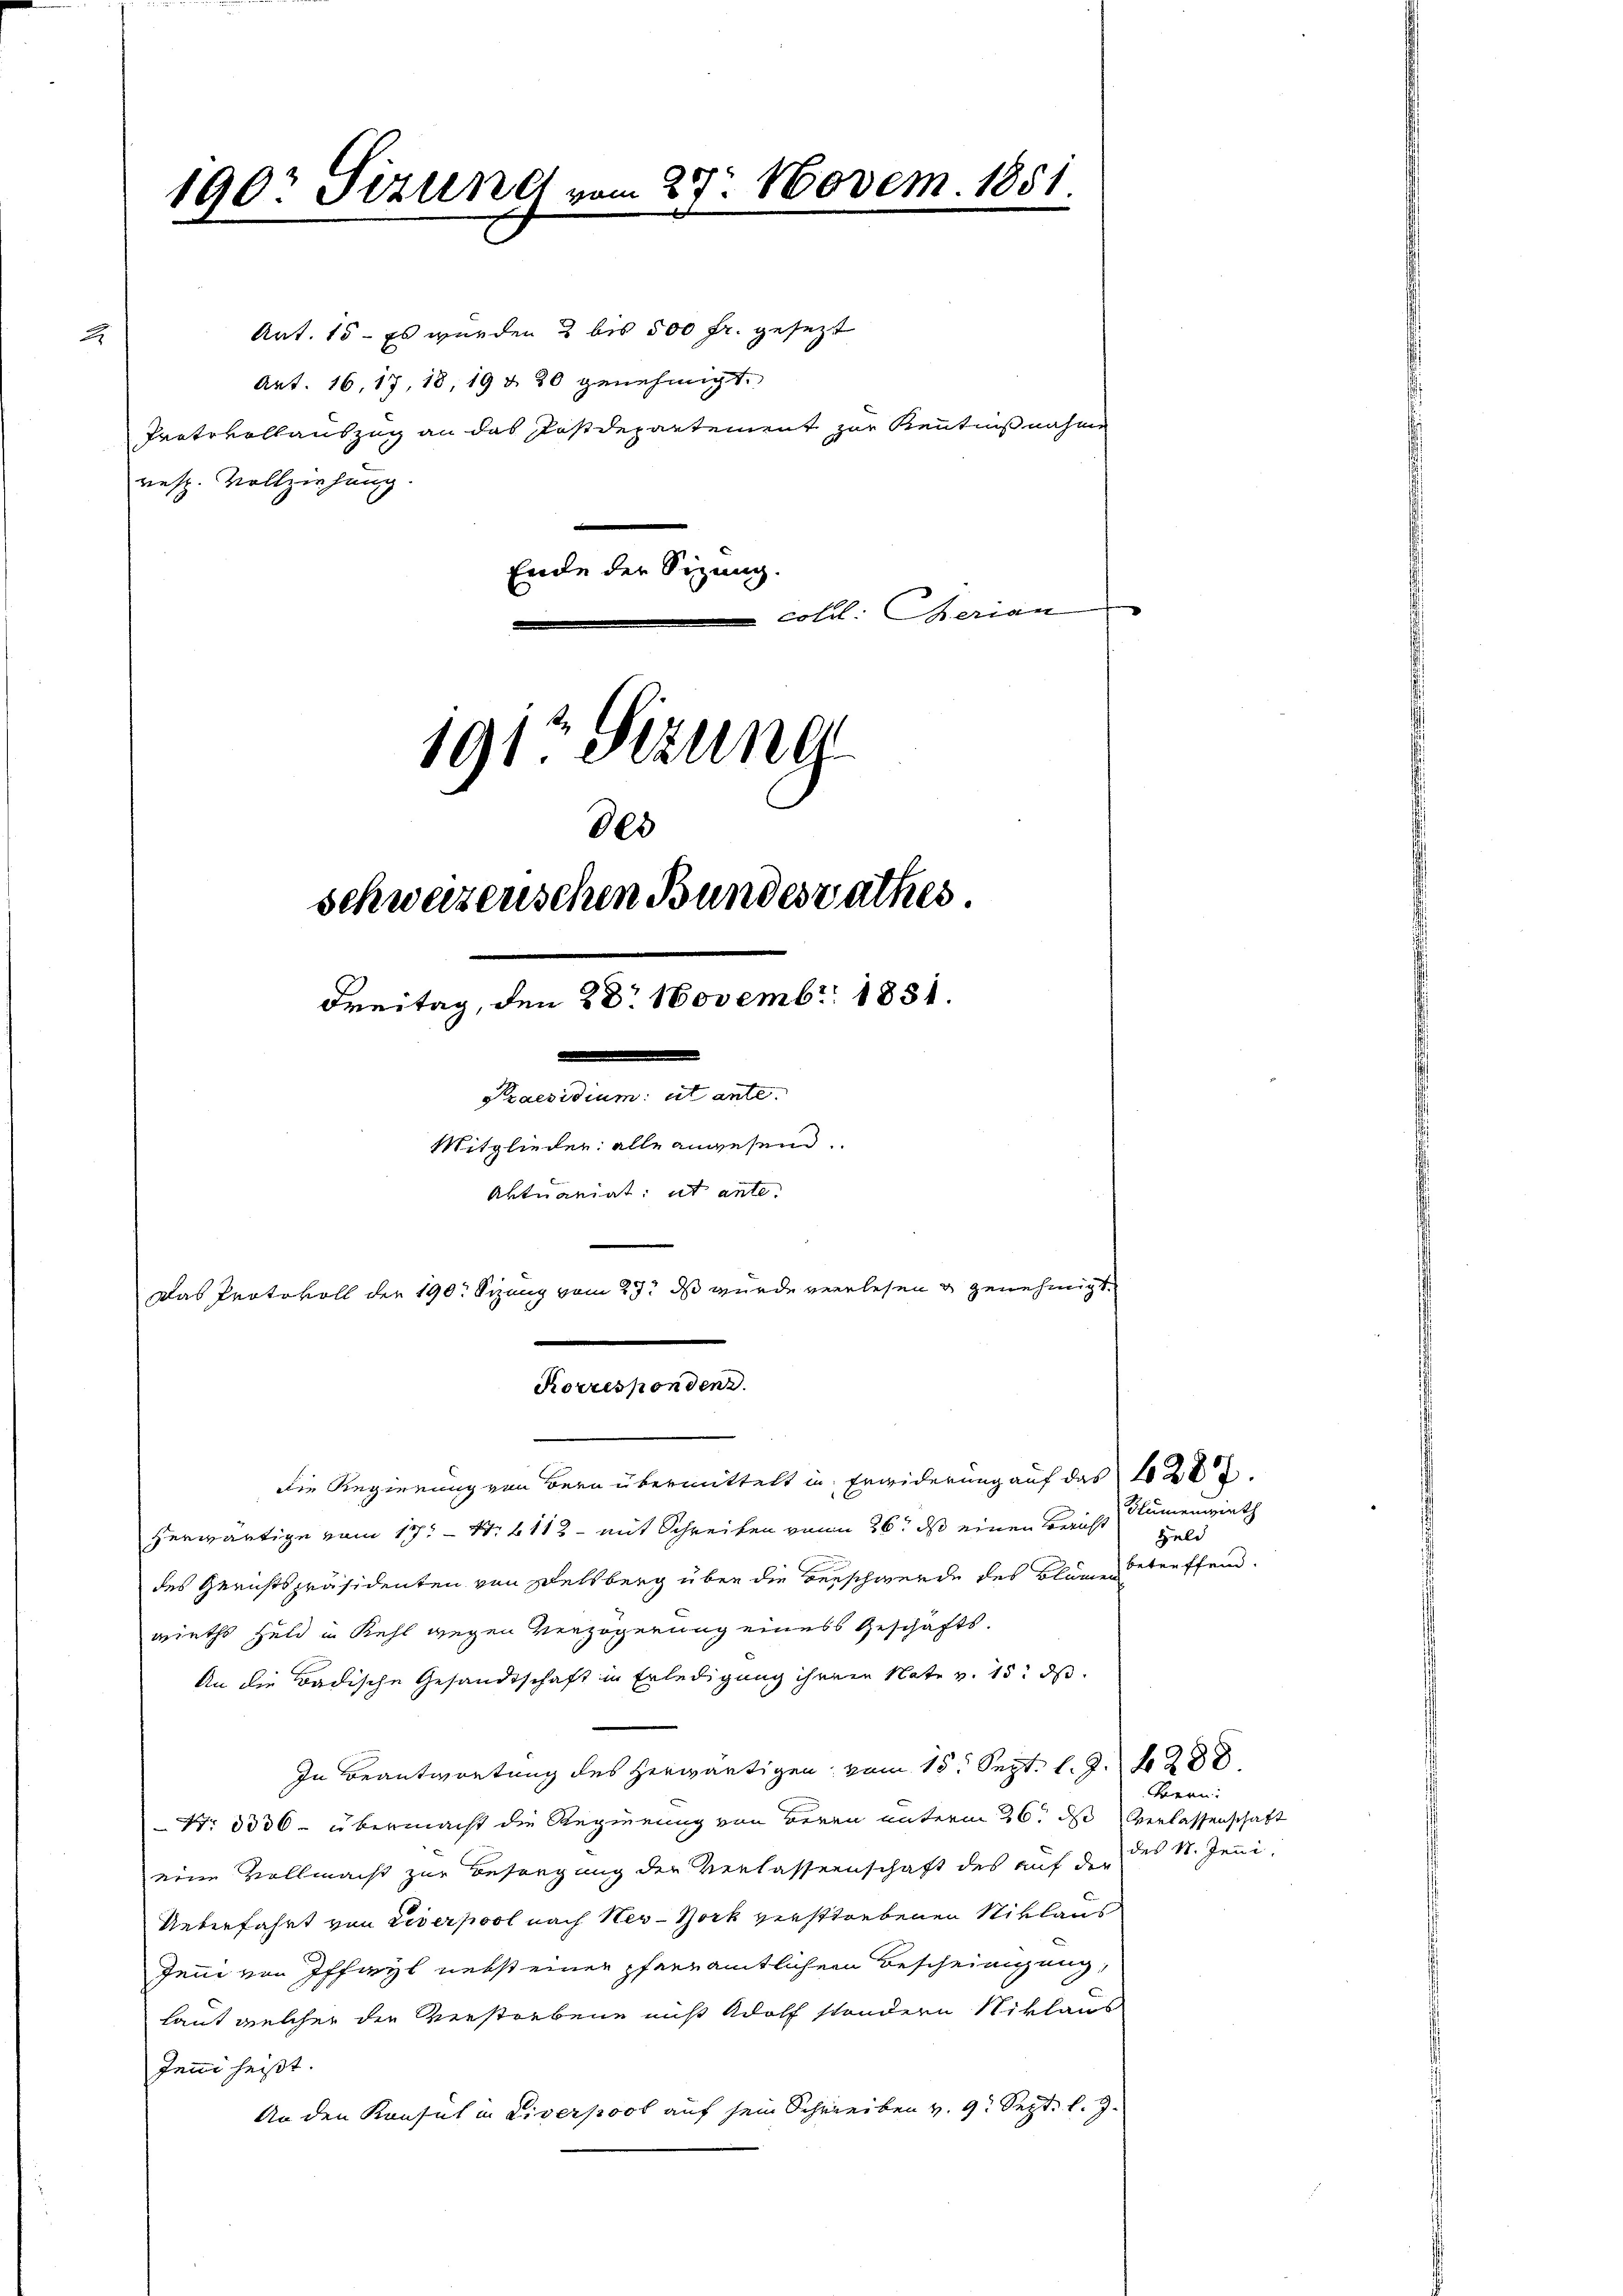
2

Ant. 15 - Es wurden 2 bis 500 fr. gesezt
Art. 16, 17, 18, 19 & 20 genehmigt.
Protokollauszug an das Postdepartement zur Kenntnißnahme
resp. Vollziehung.
Ende der Sitzung.
1912 Sizung

190: Sizung vom 27. Novem. 1851.
.

coll: Serian
des
schweizenschen Bundesrathes.
Freitag, den 28. Novembr. 1881.
Spaesidium et ante.
Mitglieder alle anwesend.
Aktuariat it ante.
Das Protokoll der 190. Sizung vom 27t ds wurde verlesen & genehmigt.

Korresponden.

Die Regierung von Bern übermittelt in Erwiderung auf das 10207.
herwärtige vom 17. No. 6112 - mit Schreiben von 26t ds einen Bericht
des Gerichtspräsidenten von Delsberg über die Verschwerde des Blumentreffend.
wieths Feld in Kehl wegen Verzögerung eines Geschäfts¬
An die Badische Gesandtschaft in Erledigung ihrem Nate v. 15. ds.
In Beantwortung des herwärtigen vom 15. Sept. 1. d. 288.
Nr. 3336 - übermacht die Regierung von Beren unterm 26. ds Verlassenschaft
eine Vollmacht zur Besorgung der Verlassenschaft des auf der
Ueberfahrt von Leberpool nach New-York verstrebenen Niklaus
Juni von Iffiryl nebst einer pfarramtlichem Bescheinigung,
laut welcher die Verstorbene muß Adolf sondern Niklaus
Jeni heißt.
An den Konsul in Liverpool auf sein Schreiben v. 9. Sept. l. J.

Blumenwirth
Hele

Bern:
des St. Jeni.